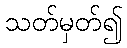
သတ်မှတ်၍